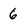
Character: 6